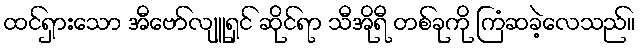
ထင်ရှားသော အီဗော်လျူရှင် ဆိုင်ရာ သီအိုရီ တစ်ခုကို ကြံဆခဲ့လေသည်။